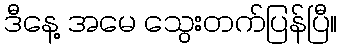
ဒီနေ့ အမေ သွေးတက်ပြန်ပြီ။